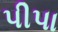
પીપા